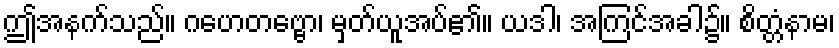
ဤအနက်သည်။ ဂဟေတဗ္ဗော၊ မှတ်ယူအပ်၏။ ယဒါ၊ အကြင်အခါ၌။ စိတ္တံနာမ၊